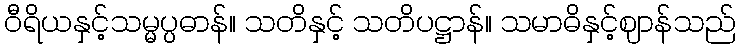
ဝီရိယနှင့်သမ္မပ္ပဓာန်။ သတိနှင့် သတိပဋ္ဌာန်။ သမာဓိနှင့်ဈာန်သည်